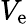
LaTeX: V_{\mathrm{e}}